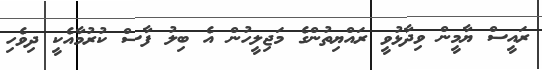
ރައީސް ޔާމީން ވިދާޅުވީ ރައްޔިތުންގެ މަޖިލީހުން އެ ބިލު ފާސް ކުރުމާއެކީ ދިވެހި